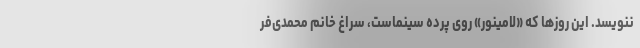
ننویسد. این روزها که «لامینور» روی پرده سینماست، سراغ خانم محمدی‌فر